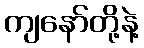
ကျနော်တို့နဲ့